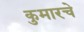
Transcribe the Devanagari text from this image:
कुमारचे